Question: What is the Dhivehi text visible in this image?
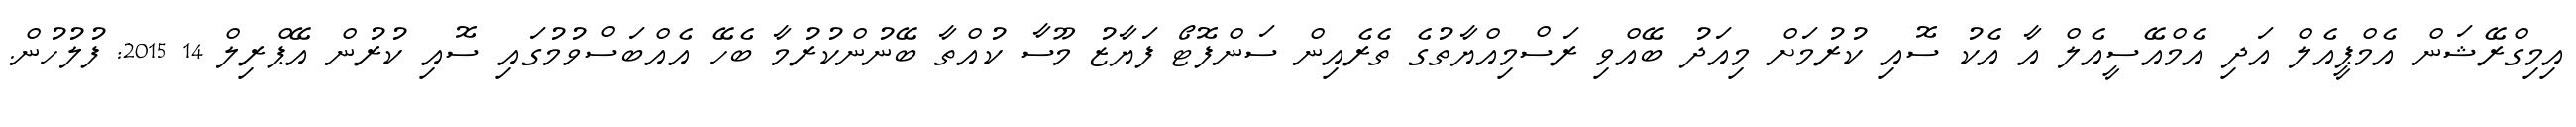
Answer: އިމިގްރޭޝަން އެމްޕީއެލް އަދި އެމްއޭސީއެލް އާ އެކު ސޮއި ކުރުމަށް މިއަދު ބޭއްވި ރަސްމިއްޔާތުގެ ތެރެއިން ސަންފޮޓޯ ފަޔާޒު މޫސާ ކުއްތާ ބޭނުންކުރުމާ ބެހޭ އެއްބަސްވުމުގައި ސޮއި ކުރުން އޭޕްރިލް 14 2015: ފުލުހުން.